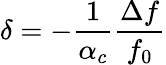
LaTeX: \delta=-\frac{1}{\alpha_{c}}\frac{\Delta f}{f_{0}}